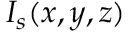
I _ { s } ( x , y , z )